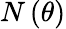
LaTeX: N\left(\theta\right)